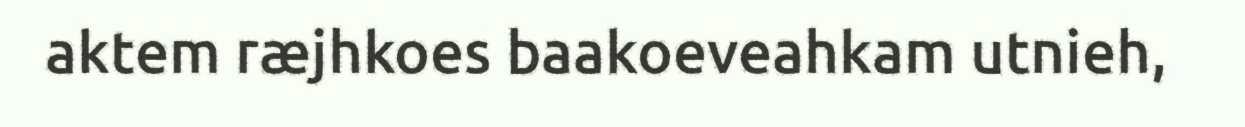
aktem ræjhkoes baakoeveahkam utnieh,